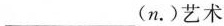
___(n.)艺术